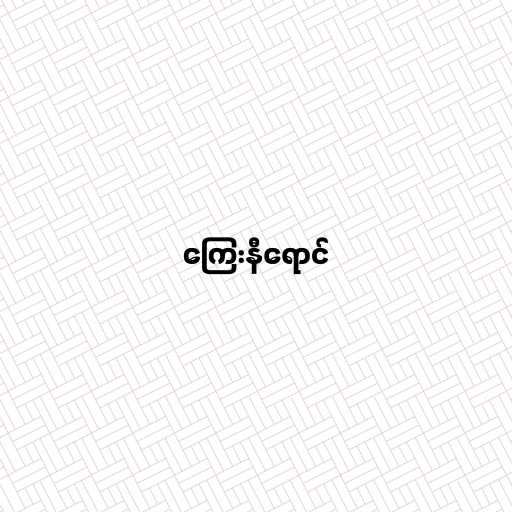
ကြေးနီရောင်